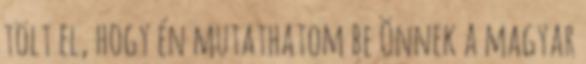
tölt el, hogy én mutathatom be Önnek a magyar